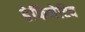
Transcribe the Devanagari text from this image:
डेफिनेटिव